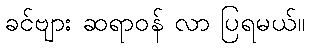
ခင်ဗျား ဆရာဝန် လာ ပြရမယ်။